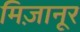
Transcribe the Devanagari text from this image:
मिज़ानूर